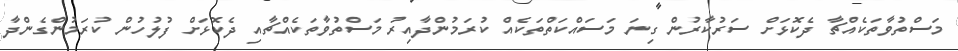
މަސްތުވާތަކެއްޗާ ދެކޮޅަށް ސަރުކާރުން ގިނަ މަސައްކަތްތަކެއް ކުރަމުންދާއިރު މަސްތުވާތަކެއްޗާއި ދެކޮޅަށް ފުލުހުން ކުރަމުންގެންދާ